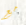
مع